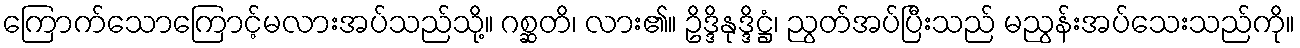
ကြောက်သောကြောင့်မလားအပ်သည်သို့။ ဂစ္ဆတိ၊ လား၏။ ဥိဒ္ဒိနုဒ္ဒိဋ္ဌံ၊ ညွတ်အပ်ပြီးသည် မညွန်းအပ်သေးသည်ကို။